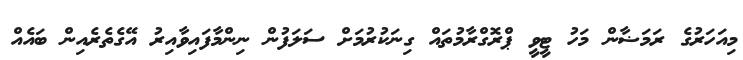
މިއަހަރުގެ ރަމަޟާން މަހު ޓީވީ ޕްރޮގްރާމުތައް ގިނަކުރުމަށް ސަލަފުން ނިންމާފައިވާއިރު އޭގެތެރެއިން ބައެއް